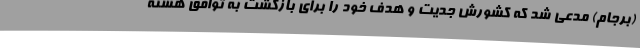
(برجام) مدعی شد که کشورش جدیت و هدف خود را برای بازگشت به توافق هسته